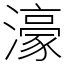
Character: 濠